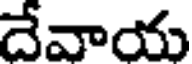
దేవాయ